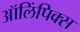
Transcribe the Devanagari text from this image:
ऑलिंपिक्स